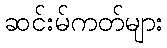
ဆင်းမ်ကတ်များ